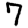
Digit: 7